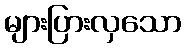
များပြားလှသော